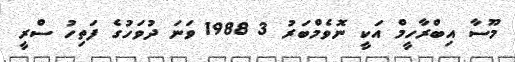
މޫސާ އިބްރާހީމް އަކީ ނޮވެމްބަރު 3 1988 ވަނަ ދުވަހުގެ ފަތިހު ސްރީ